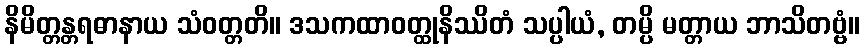
နိမိတ္တန္တရဓာနာယ သံဝတ္တတိ။ ဒသကထာဝတ္ထုနိဿိတံ သပ္ပါယံ, တမ္ပိ မတ္တာယ ဘာသိတဗ္ဗံ။